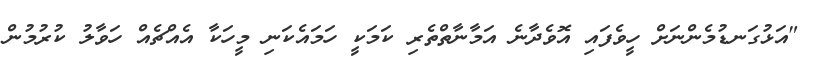
"އަޅުގަނޑުމެންނަށް ހީވެފައި އޮވެދާނެ އަމާނާތްތެރި ކަމަކީ ހަމައެކަނި މީހަކާ އެއްޗެއް ހަވާލު ކުރުމުން